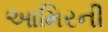
આમિરની